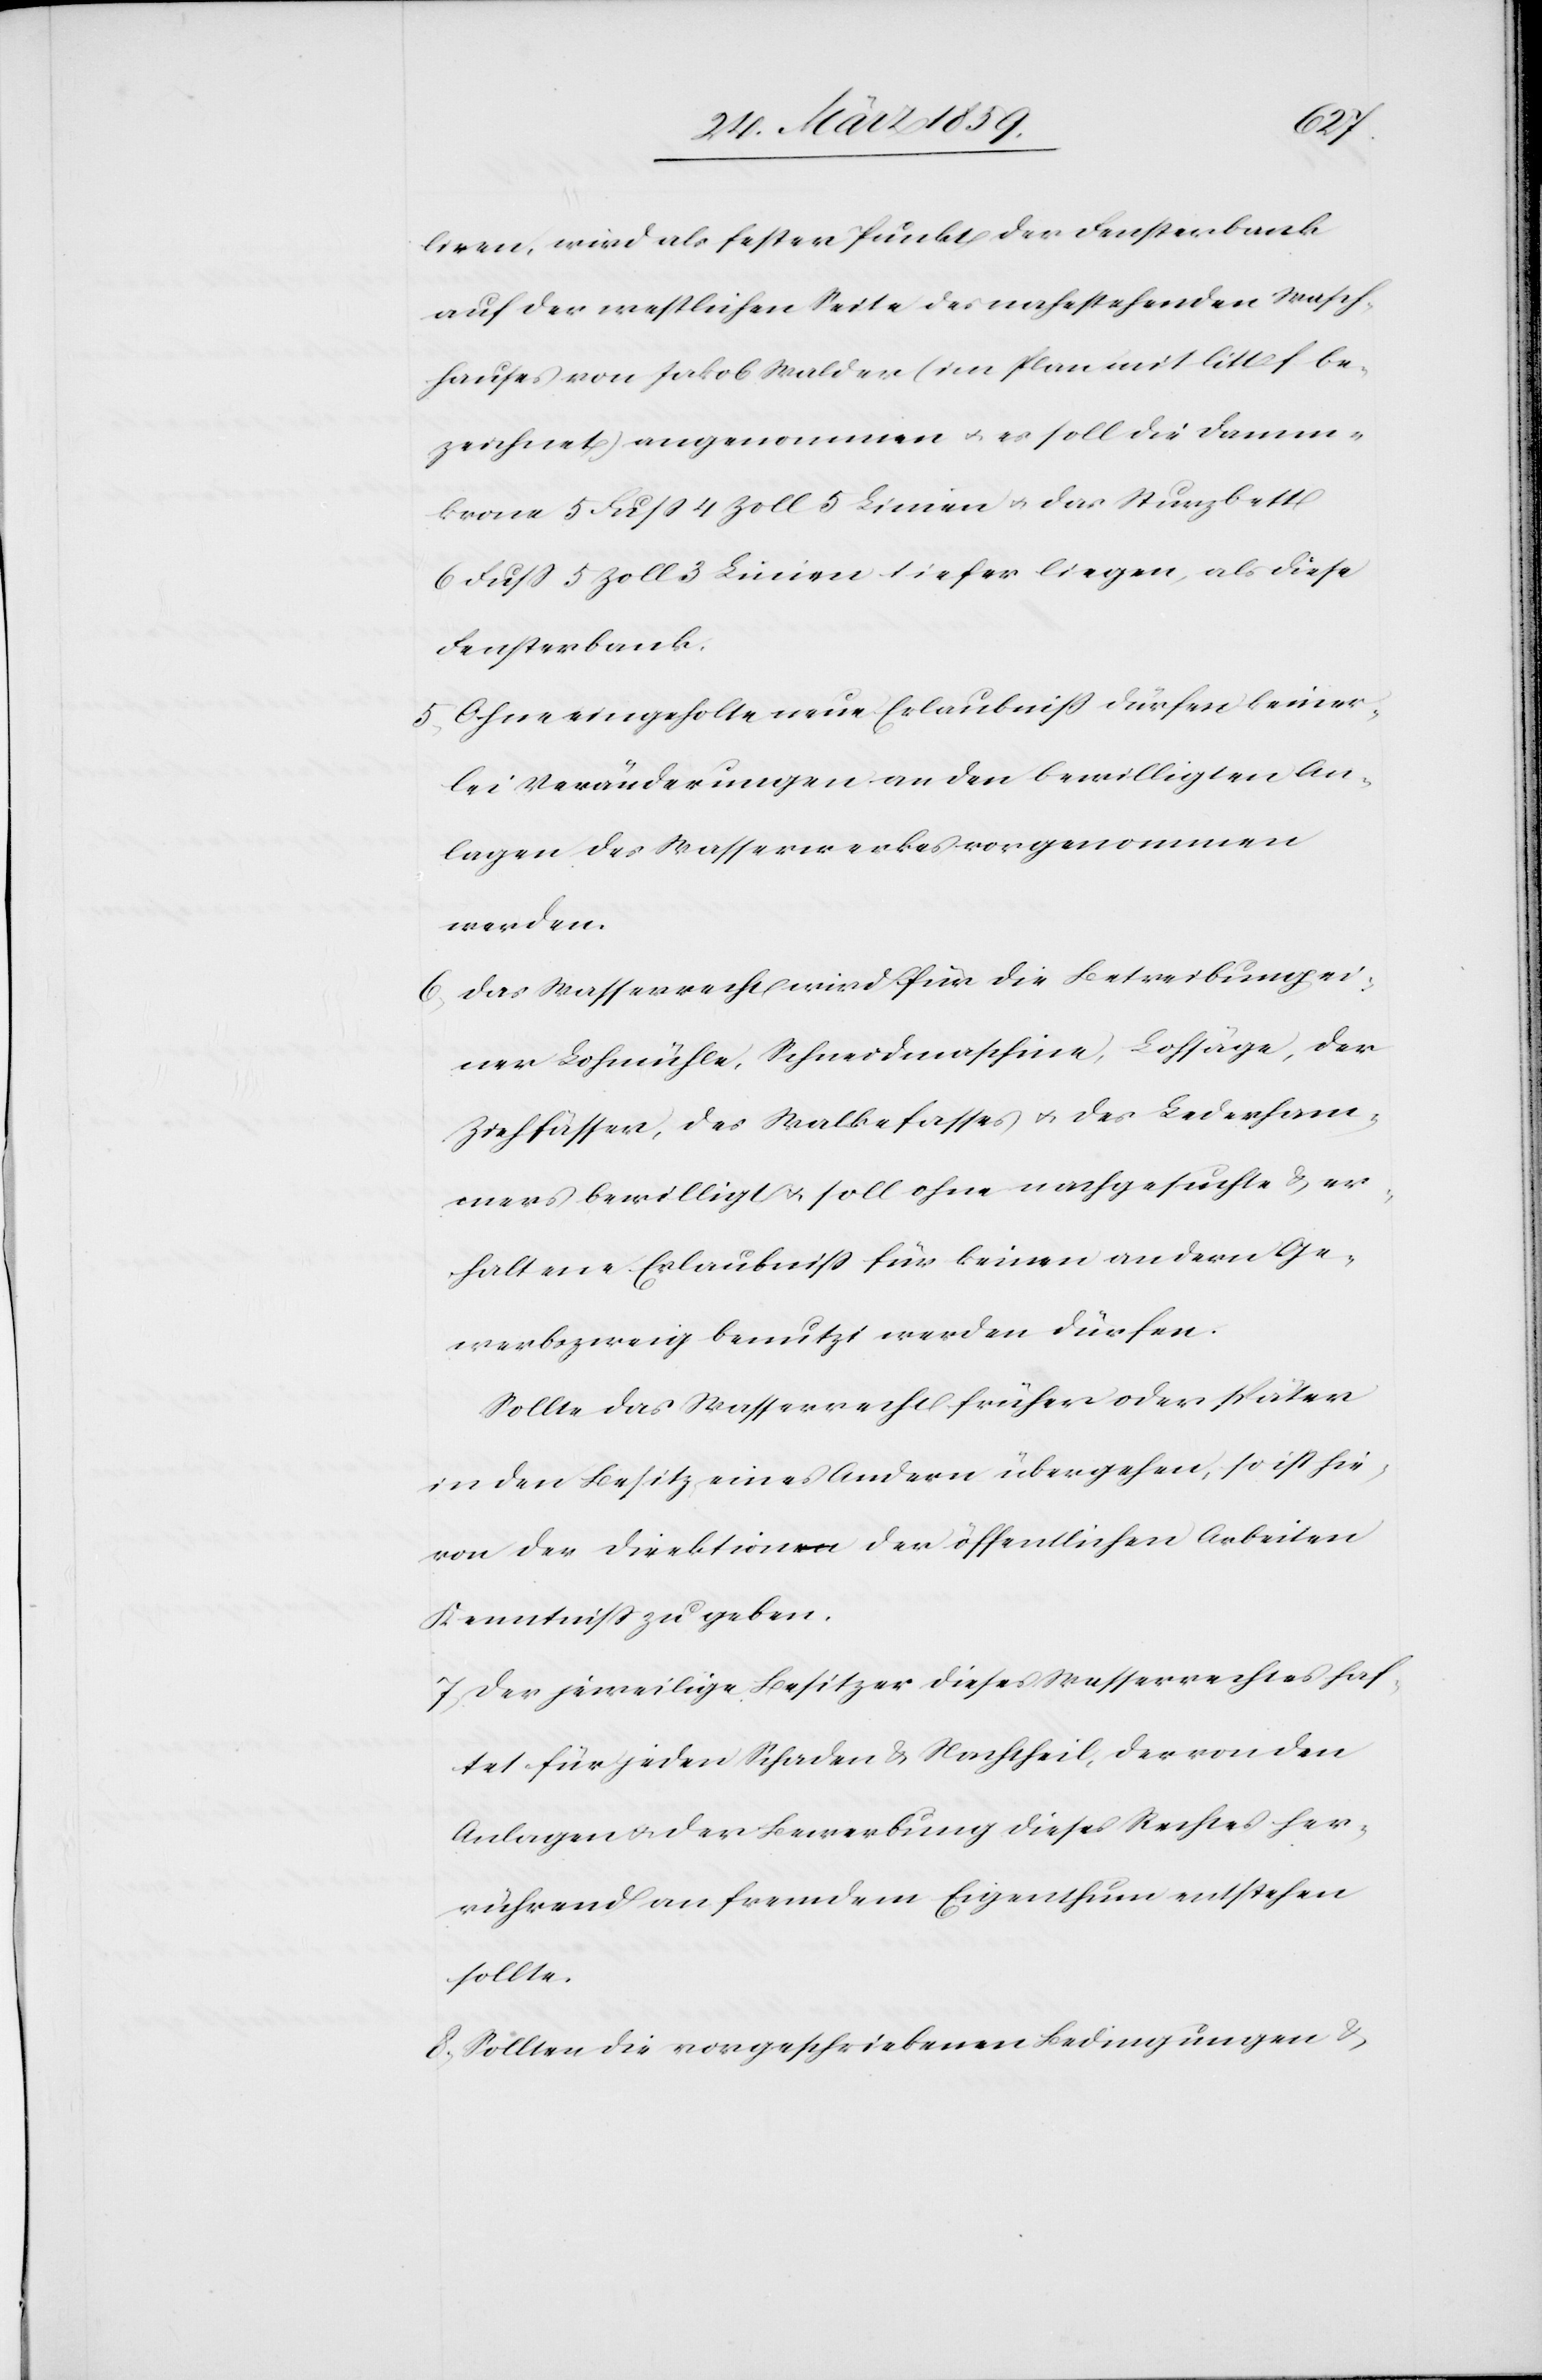
liren,
auf der westlichen Seite des nahestehenden Wasch¬
hauses von Jakob Walder (im Plan mit litt. f be¬
zeichnet) angenommen u. es soll die Damm¬
krone 5 Fuß 4 Zoll 5 Linien u. das Sturzbett
6 Fuß 5 Zoll 3 Linien tiefer liegen, als diese
Fensterbank.
5) Ohne eingeholte neue Erlaubniß dürfen keiner¬
lei Veränderungen an den bewilligten An¬
lagen des Wasserwerkes vorgenommen
werden.
6) Das Wasserrecht wird die Betreibung ei¬
ner Lohmühle, Schneidmaschine, Lohsäge, der
Ziehfässer, des Walkefasses u. des Lederham¬
mers bewilligt u. soll ohne nachgesuchte & er¬
haltene Erlaubniß für keinen andern Ge¬
werbszweig benutzt werden dürfen.
Sollte das Wasserrecht früher oder später
in den Besitz eines Andern übergehen, so ist hie¬
von der Direktion der öffentlichen Arbeiten
Kenntniß zu geben.
7) Der jeweilige Besitzer dieses Wasserrechtes haf¬
tet für jeden Schaden & Nachtheil, der von den
Anlagen u. der Bewerbung dieses Rechtes her¬
rührend an fremdem Eigenthum entstehen
sollte.
8) Sollten die vorgeschriebenen Bedingungen &